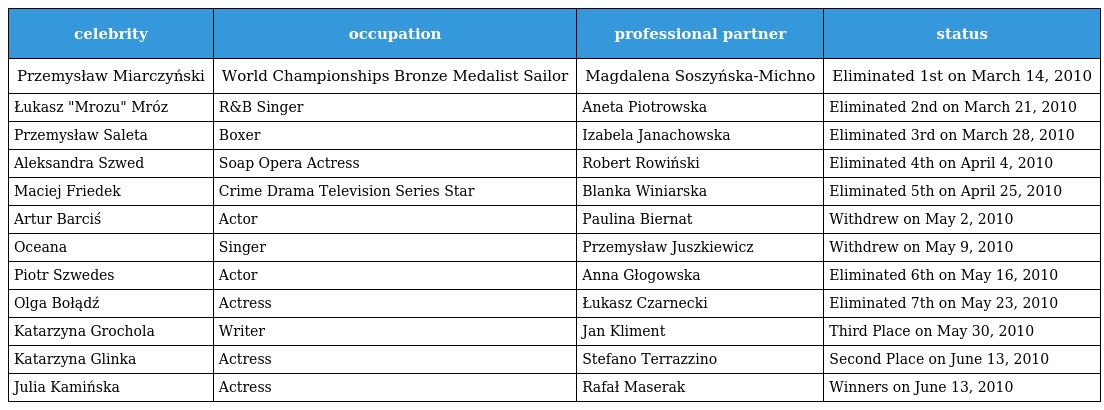
| celebrity | occupation | professional partner | status |
 | --- | --- | --- | --- |
 | Przemysław Miarczyński | World Championships Bronze Medalist Sailor | Magdalena Soszyńska-Michno | Eliminated 1st on March 14, 2010 |
 | Łukasz "Mrozu" Mróz | R&B Singer | Aneta Piotrowska | Eliminated 2nd on March 21, 2010 |
 | Przemysław Saleta | Boxer | Izabela Janachowska | Eliminated 3rd on March 28, 2010 |
 | Aleksandra Szwed | Soap Opera Actress | Robert Rowiński | Eliminated 4th on April 4, 2010 |
 | Maciej Friedek | Crime Drama Television Series Star | Blanka Winiarska | Eliminated 5th on April 25, 2010 |
 | Artur Barciś | Actor | Paulina Biernat | Withdrew on May 2, 2010 |
 | Oceana | Singer | Przemysław Juszkiewicz | Withdrew on May 9, 2010 |
 | Piotr Szwedes | Actor | Anna Głogowska | Eliminated 6th on May 16, 2010 |
 | Olga Bołądź | Actress | Łukasz Czarnecki | Eliminated 7th on May 23, 2010 |
 | Katarzyna Grochola | Writer | Jan Kliment | Third Place on May 30, 2010 |
 | Katarzyna Glinka | Actress | Stefano Terrazzino | Second Place on June 13, 2010 |
 | Julia Kamińska | Actress | Rafał Maserak | Winners on June 13, 2010 |